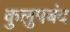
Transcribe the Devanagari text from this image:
कुलुपबंद